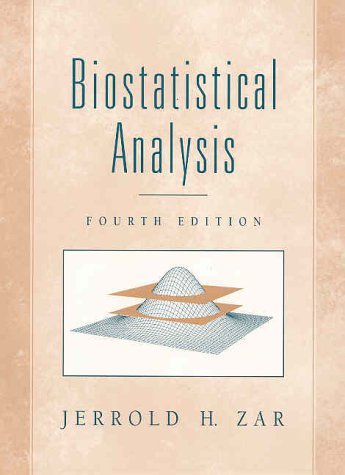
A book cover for Biostatistical Analysis (4th Edition); Jerrold H. Zar; Medical Books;